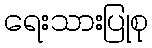
ရေးသားပြုစု